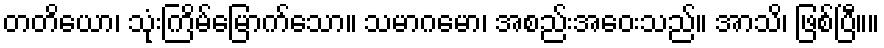
တတိယော၊ သုံးကြိမ်မြောက်သော။ သမာဂမော၊ အစည်းအဝေးသည်။ အာသိ၊ ဖြစ်ပြီ။။